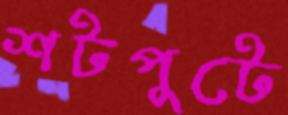
শটপুটে